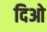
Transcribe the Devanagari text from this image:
दिओ